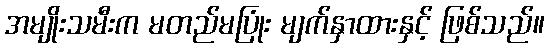
အမျိုးသမီးက မတည်မပြုံး မျက်နှာထားနှင့် ဖြစ်သည်။